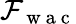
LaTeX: \mathcal{F}_{\mathrm{~w~a~c~}}